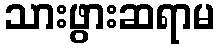
သားဖွားဆရာမ